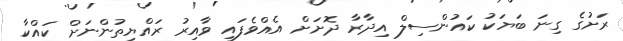
ރަށުގެ ގިނަ ބަޔަކު ކައުންސިލް އިދާރާ ދޮށަށް އެއްވެފައި ވާއިރު ރައްޔިތުންނަށް ކައްކާ